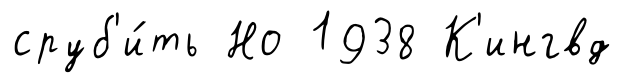
сруб'и́ть Но 1938 К'ингвд